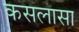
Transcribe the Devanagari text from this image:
कसलासा